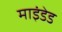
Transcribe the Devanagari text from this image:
माइंडेड